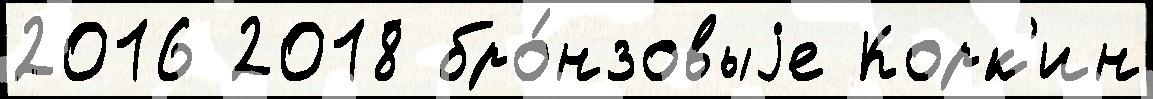
2016 2018 бро́нзовыjе Корк'ин